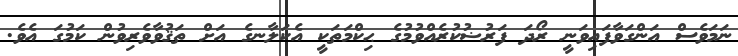
ނަމަވެސް އަންގަވާފައިވަނީ ރޯދަ ފަރުޟުކުރެއްވުމުގެ ޙިކްމަތަކީ އެކަލާނގެ އަށް ތަޤުވާވެރިވުން ކަމުގަ އެވެ.